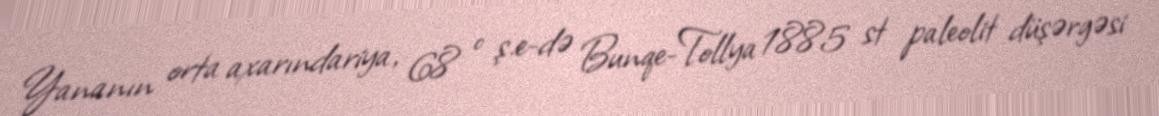
Yananın orta axarındariya, 68 ° ş.e-də Bunqe-Tollya 1885 st paleolit düşərgəsi